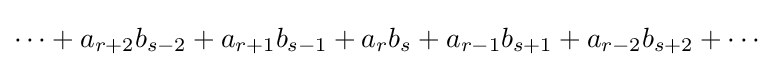
\cdots +a_{r+2}b_{s-2}+a_{r+1}b_{s-1}+a_{r}b_{s}+a_{r-1}b_{s+1}+a_{r-2}b_{s+2}+\cdots